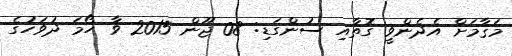
މަޤާމަށް އެދެންވީ ގޮތާއި ސުންގަޑި: 08 ޖޫން 2015 ވާ ހޯމަ ދުވަހުގެ